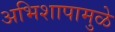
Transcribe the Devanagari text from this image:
अभिशापामुळे